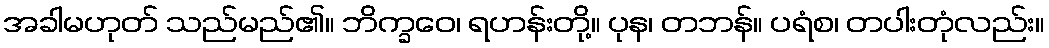
အခါမဟုတ် သည်မည်၏။ ဘိက္ခဝေ၊ ရဟန်းတို့။ ပုန၊ တဘန်။ ပရံစ၊ တပါးတုံလည်း။